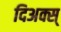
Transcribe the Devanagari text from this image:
दिअक्स्